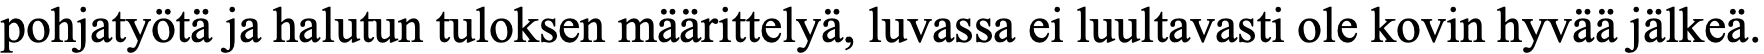
pohjatyötä ja halutun tuloksen määrittelyä, luvassa ei luultavasti ole kovin hyvää jälkeä.